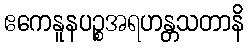
ဧကေနူနပဉ္စအရဟန္တသတာနိ